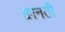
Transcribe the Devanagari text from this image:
छानती